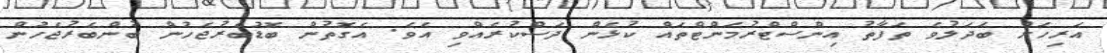
އަރިހަށް ބަދަލުވެ ތަފާތު އިންސްޓްރުމަންޓްތައް ކުޅެން ދަސްކުރެއްވި އެވެ. އެގޮތުން ބޮޑުބެރުޖެހުން ބުންބެރުޖެހުން